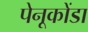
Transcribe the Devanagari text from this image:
पेनूकोंडा